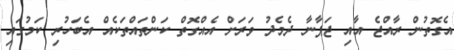
އެގޮތުން ރާއްޖެ އާއި ޖަޕާނާ ދެމެދު ވަރަށް އެއްގޮތް ކަންތައްތަކެއް އެބަހުރި ކަމުގައި